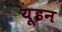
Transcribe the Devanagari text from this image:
यूइन